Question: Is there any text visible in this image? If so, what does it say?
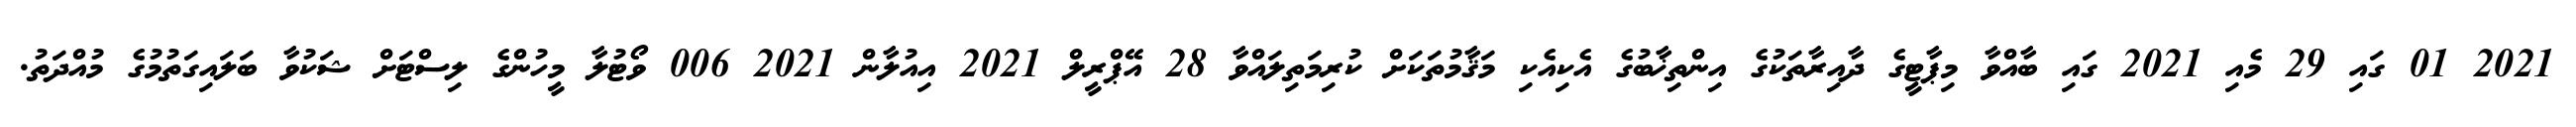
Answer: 2021 01 ގައި 29 މެއި 2021 ގައި ބާއްވާ މިޕާޓީގެ ދާއިރާތަކުގެ އިންތިޚާބުގެ އެކިއެކި މަޤާމުތަކަށް ކުރިމަތިލައްވާ 28 އޭޕްރީލް 2021 އިއުލާން 2021 006 ވޯޓުލާ މީހުންގެ ލިސްޓަށް ޝަކުވާ ބަލައިގަތުމުގެ މުއްދަތު.